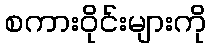
စကားဝိုင်းများကို